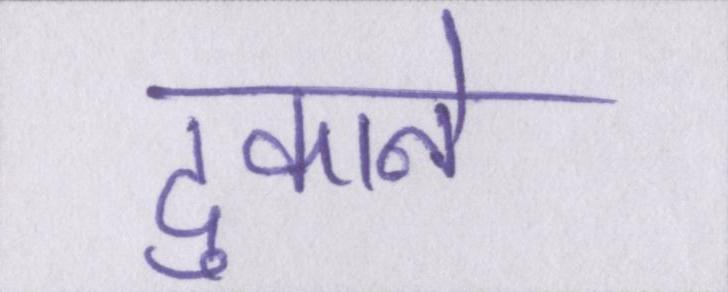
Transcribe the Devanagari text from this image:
दुकाने